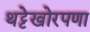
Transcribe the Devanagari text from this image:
थट्टेखोरपणा